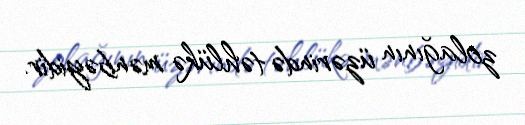
zolağının üzərində təhlükə mənbəyidir.